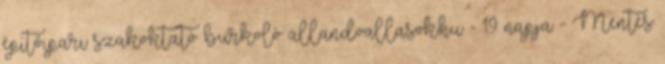
építőipari szakoktató burkoló allandoallasok.hu - 19 napja - Mentés